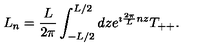
L _ { n } = { \frac { L } { 2 \pi } } \int _ { - L / 2 } ^ { L / 2 } d z e ^ { \imath { \frac { 2 \pi } { L } } n z } T _ { + + } .